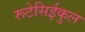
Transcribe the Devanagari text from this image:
रूटेसिईकुल